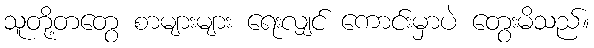
သူတို့တတွေ စာများများ ရေးလျှင် ကောင်းမှာပဲ တွေးမိသည်။